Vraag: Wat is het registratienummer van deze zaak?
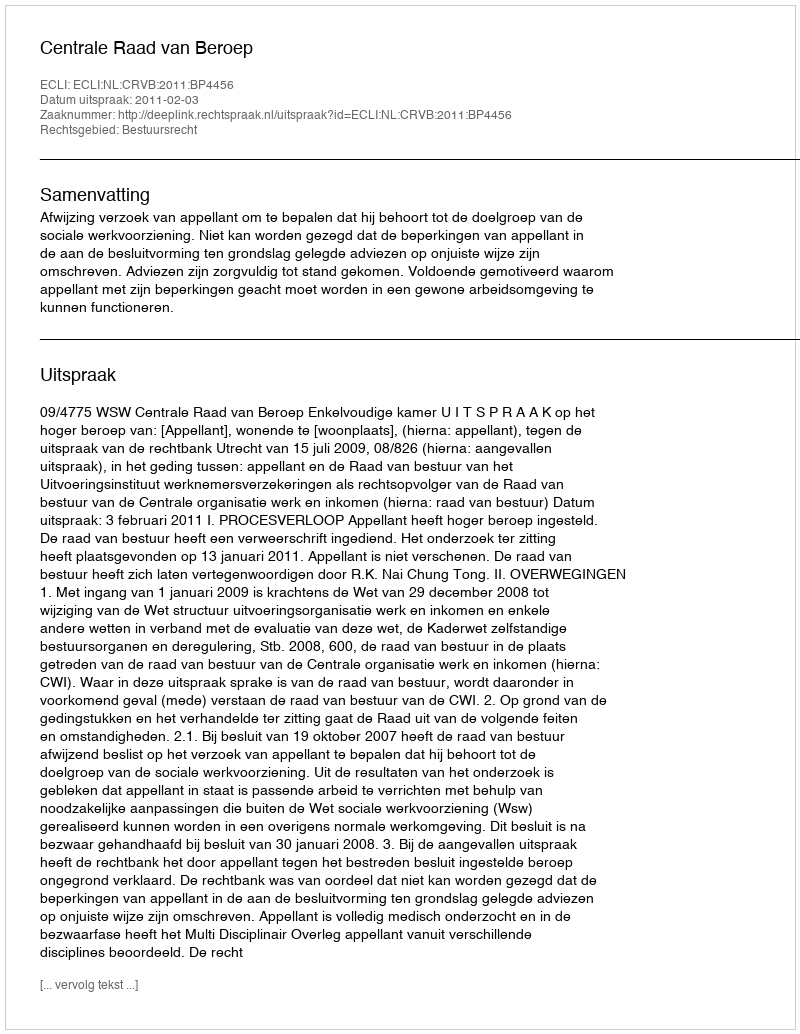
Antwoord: http://deeplink.rechtspraak.nl/uitspraak?id=ECLI:NL:CRVB:2011:BP4456